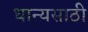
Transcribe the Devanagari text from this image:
धान्यसाठी